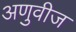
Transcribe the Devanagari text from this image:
अणुवीज